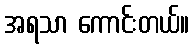
အရသာ ကောင်းတယ်။